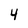
Character: 4